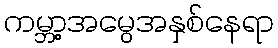
ကမ္ဘာ့အမွေအနှစ်နေရာ